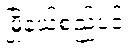
မြို့နယ်စည်ပင်